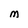
Character: M